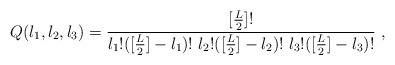
LaTeX: \begin{align*}Q(l_{1},l_{2},l_{3})=\frac{[\frac{L}{2}]!}{l_{1}!([\frac{L}{2}]-l_{1})!\ l_{2}!([\frac{L}{2}]-l_{2})!\ l_{3}!([\frac{L}{2}]-l_{3})!}\ ,\end{align*}